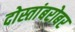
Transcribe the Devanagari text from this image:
दोस्तांबरोबर